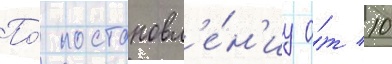
По́ постановл'е́н'иу о́т 10